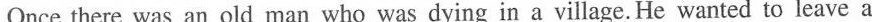
Once there was an old man who was dying in a village. He wanted to leave a